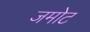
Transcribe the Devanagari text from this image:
जमोट